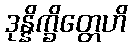
ဒုန္နိက္ခိတ္တေဟိ